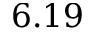
6 . 1 9